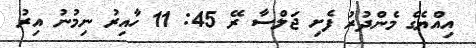
އިއްޔެގެ މެންދުރު ފެށި ޖަލްސާ ރޭ 45: 11 ހާއިރު ނިމުނު އިރު